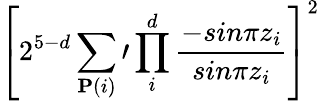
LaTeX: \left[2^{5-d}\sum_{{\mathbf P}(i)}\prime\prod_{i}^{d}{\frac{-sin\pi z_{i}}{sin\pi z_{i}}}\right]^{2}